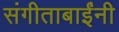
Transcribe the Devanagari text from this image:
संगीताबाईंनी